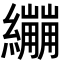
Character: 𦇜